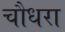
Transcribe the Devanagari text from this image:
चौधरा